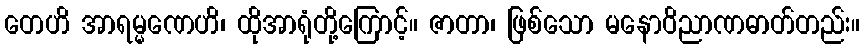
တေဟိ အာရမ္မဏေဟိ၊ ထိုအာရုံတို့ကြောင့်။ ဇာတာ၊ ဖြစ်သော မနောဝိညာဏဓာတ်တည်း။